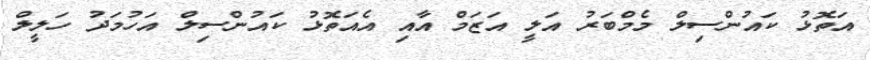
އަތޮޅު ކައުންސިލް މެމްބަރު އަލީ އަޒަމް އާއި އެއަތޮޅު ކައުންސިލް އަހުމަދު ހަލީލް